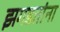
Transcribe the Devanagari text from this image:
झगडतांना